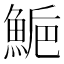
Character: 𩷴